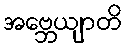
အဗ္ဘေယျာတိ